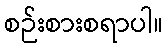
စဉ်းစားစရာပါ။